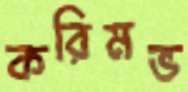
করিমভ